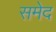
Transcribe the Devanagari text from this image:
समेद